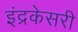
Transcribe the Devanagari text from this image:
इंद्रकेसरी